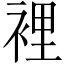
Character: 裡